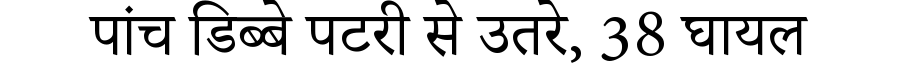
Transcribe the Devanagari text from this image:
पांच डिब्बे पटरी से उतरे, 38 घायल